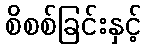
စိစစ်ခြင်းနှင့်